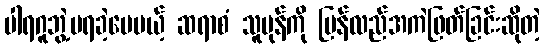
ပါရဂူဘွဲ့မရခဲ့ပေမယ့် ဆရာစံ သူပုန်ကို ပြန်လည်အကဲဖြတ်ခြင်းဆိုတဲ့